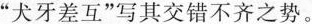
” 犬牙差互 ” 写其交错不齐之势。